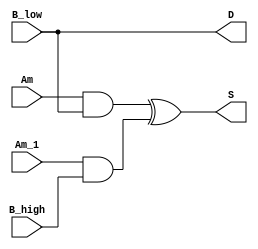
`timescale 1ns/1ns
module LUT_dse9(
    input           Am          ,
    input           B_low       ,
    input           Am_1        ,
    input           B_high      ,
    output          S           ,
    output          D           //           
);

	assign D = B_low;
	assign S = (Am & B_low) ^ (Am_1 & B_high);

endmodule // LUT_dse9